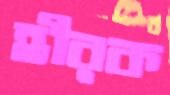
হীরক